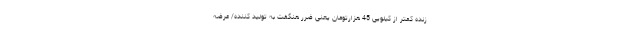
زنده کمتر از کیلویی 45 هزارتومان یعنی ضرر هنگفت به تولید کننده/ عرضه